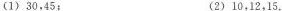
(1)30，45； (2)10，12，15.